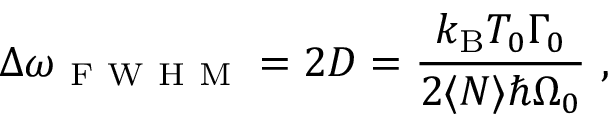
\Delta \omega _ { \mathrm { ~ F ~ W ~ H ~ M ~ } } = 2 D = \frac { k _ { \mathrm { B } } T _ { 0 } \Gamma _ { 0 } } { 2 \langle N \rangle \hbar \Omega _ { 0 } } \mathrm { ~ , ~ }